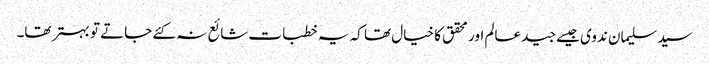
سید سلیمان ندوی جیسے جید عالم اور محقق کا خیال تھا کہ یہ خطبات شائع نہ کئے جاتے تو بہتر تھا۔